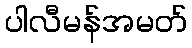
ပါလီမန်အမတ်